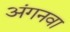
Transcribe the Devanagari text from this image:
अंगनवा